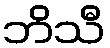
ဘိသီ